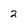
Character: 2